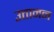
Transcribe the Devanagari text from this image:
उत्तानन